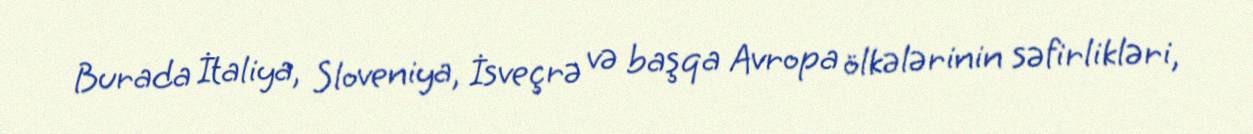
Burada İtaliya, Sloveniya, İsveçrə və başqa Avropa ölkələrinin səfirlikləri,